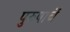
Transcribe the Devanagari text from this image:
पुरुषाचें